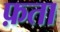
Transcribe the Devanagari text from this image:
फ़ता